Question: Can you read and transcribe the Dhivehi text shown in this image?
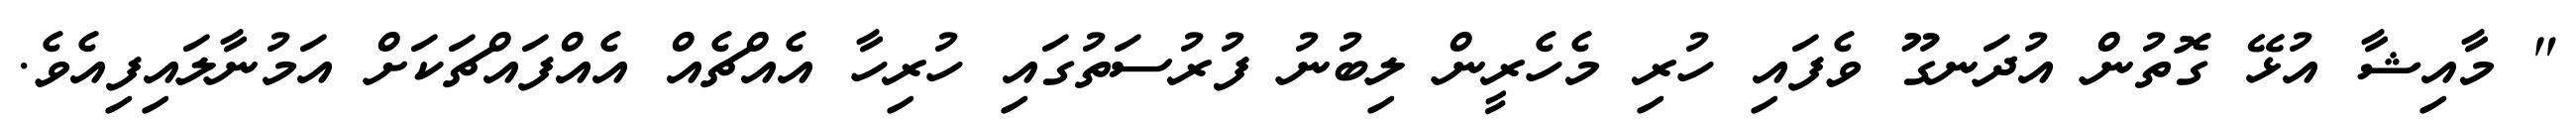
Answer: " މާއިޝާ އުޅޭ ގޮތުން އުދަނގޫ ވެފައި ހުރި މެހެރީން ލިބުނު ފުރުސަތުގައި ހުރިހާ އެއްޗެއް އެއްފައްޗަކަށް އަމުނާލައިފިއެވެ.